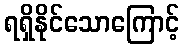
ရရှိနိုင်သောကြောင့်